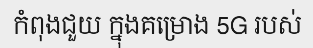
កំពុងជួយ ក្នុងគម្រោង 5G របស់